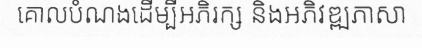
គោលបំណងដើម្បីអភិរក្ស និងអភិវឌ្ឍភាសា